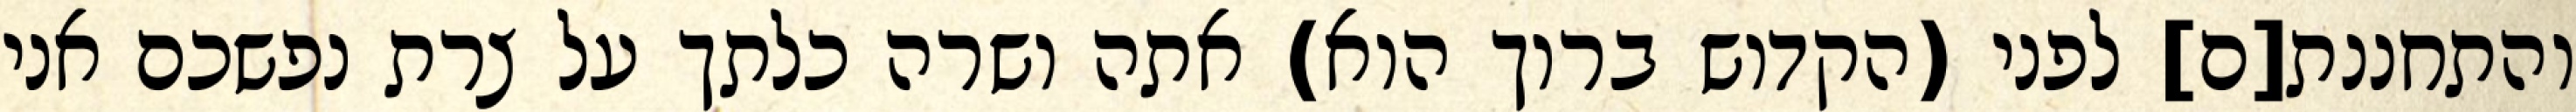
והתחננת[ם] לפני (הקדוש ברוך הוא) אתה ושרה כלתך על צרת נפשכם אני